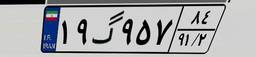
۱۹گ۹۵۷۸۴